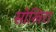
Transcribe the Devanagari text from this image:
सोखिरा